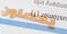
يحصلون